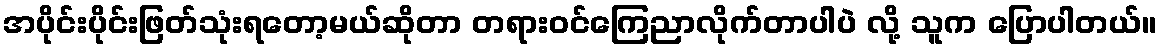
အပိုင်းပိုင်းဖြတ်သုံးရတော့မယ်ဆိုတာ တရားဝင်ကြေညာလိုက်တာပါပဲ လို့ သူက ပြောပါတယ်။